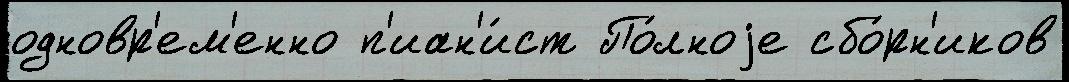
одновр'ем'енно п'иан'и́ст По́лноjе сбо́рн'иков